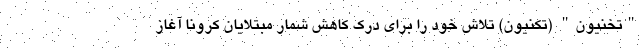
"تخنیون" (تکنیون) تلاش خود را برای درک کاهش شمار مبتلایان کرونا آغاز